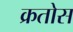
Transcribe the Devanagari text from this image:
क्रतोस